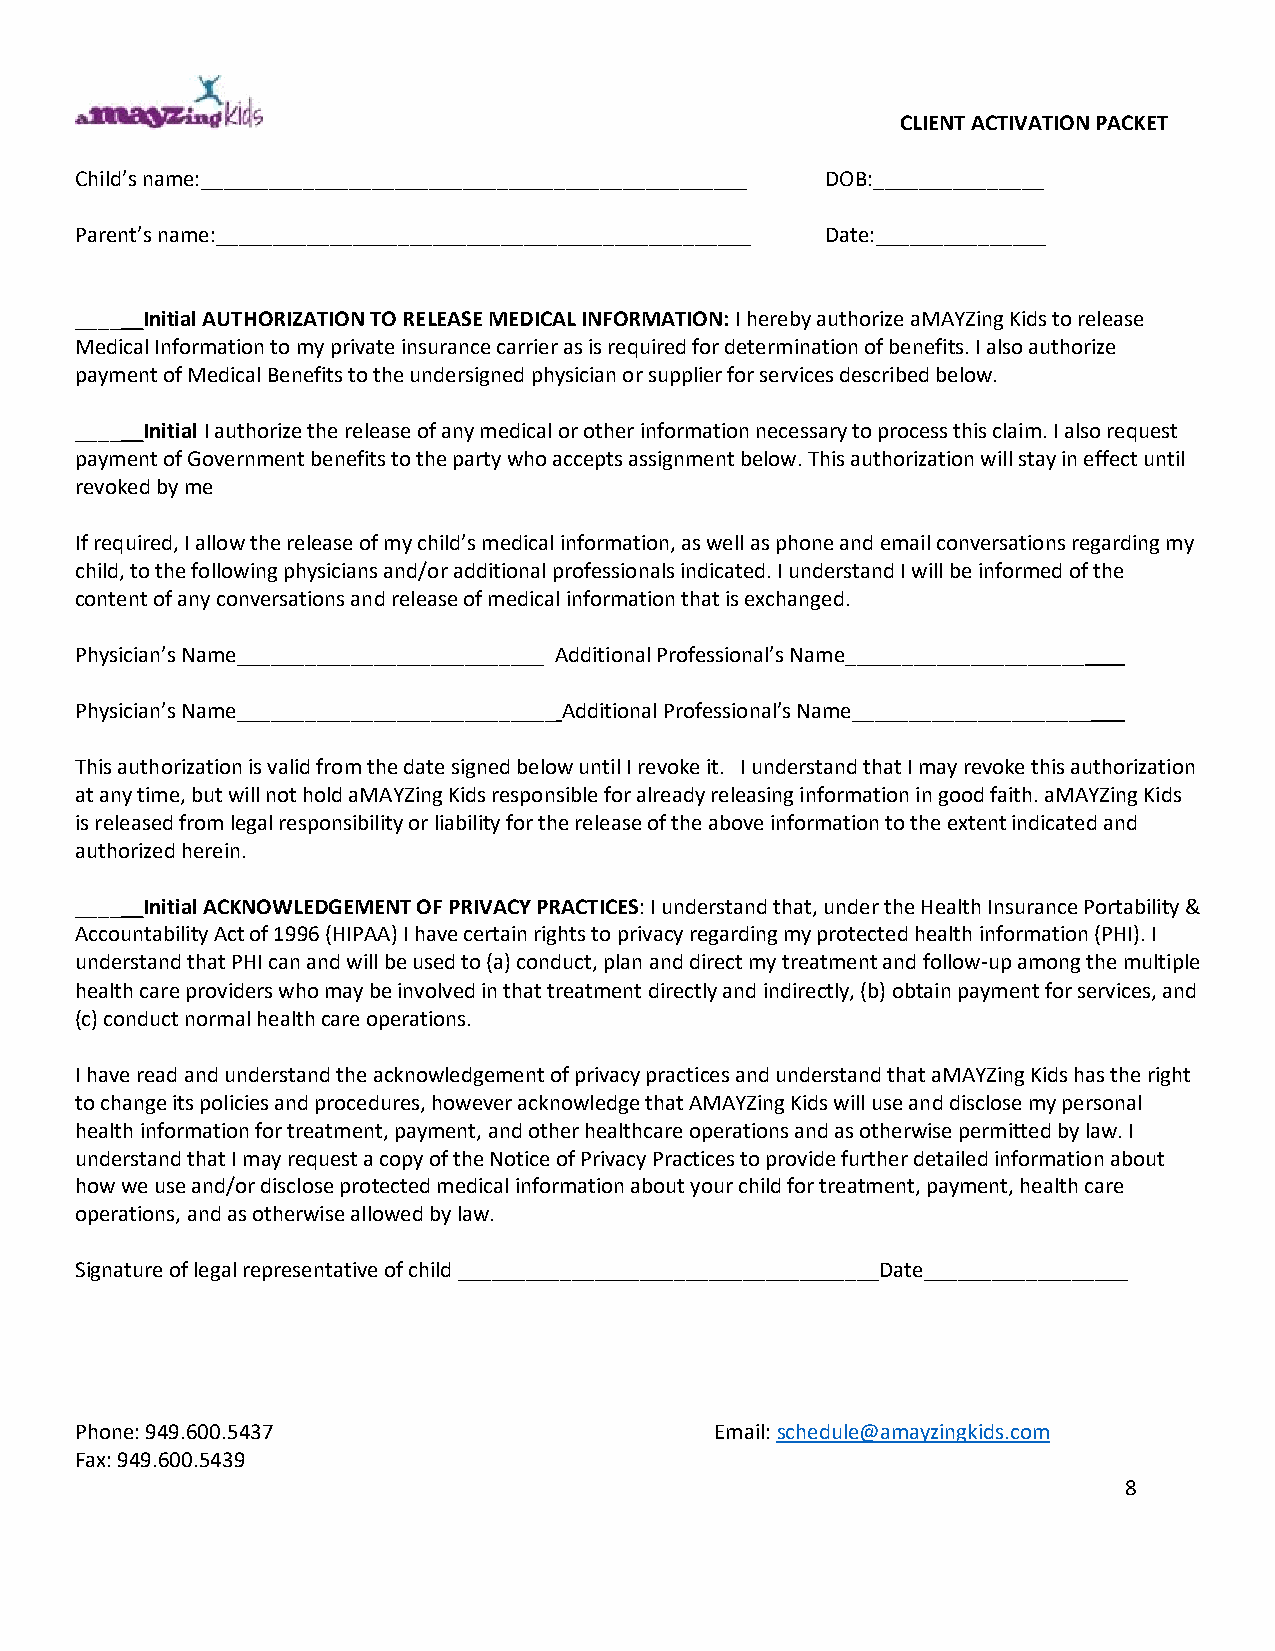
CLIENT ACTIVATION PACKET
 Child’s name:________________________________________________ DOB:_______________
 Parent’s name:_______________________________________________ Date:_______________
 ______Initial AUTHORIZATION TO RELEASE MEDICAL INFORMATION: I hereby authorize aMAYZing Kids to release
 Medical Information to my private insurance carrier as is required for determination of benefits. I also authorize
 payment of Medical Benefits to the undersigned physician or supplier for services described below.
 ______Initial I authorize the release of any medical or other information necessary to process this claim. I also request
 payment of Government benefits to the party who accepts assignment below. This authorization will stay in effect until
 revoked by me
 If required, I allow the release of my child’s medical information, as well as phone and email conversations regarding my
 child, to the following physicians and/or additional professionals indicated. I understand I will be informed of the
 content of any conversations and release of medical information that is exchanged.
 Physician’s Name___________________________ Additional Professional’s Name_____________________
 Physician’s Name____________________________ Additional Professional’s Name_____________________
 This authorization is valid from the date signed below until I revoke it. I understand that I may revoke this authorization
 at any time, but will not hold aMAYZing Kids responsible for already releasing information in good faith. aMAYZing Kids
 is released from legal responsibility or liability for the release of the above information to the extent indicated and
 authorized herein.
 ______Initial ACKNOWLEDGEMENT OF PRIVACY PRACTICES: I understand that, under the Health Insurance Portability &
 Accountability Act of 1996 (HIPAA) I have certain rights to privacy regarding my protected health information (PHI). I
 understand that PHI can and will be used to (a) conduct, plan and direct my treatment and follow-up among the multiple
 health care providers who may be involved in that treatment directly and indirectly, (b) obtain payment for services, and
 (c) conduct normal health care operations.
 I have read and understand the acknowledgement of privacy practices and understand that aMAYZing Kids has the right
 to change its policies and procedures, however acknowledge that AMAYZing Kids will use and disclose my personal
 health information for treatment, payment, and other healthcare operations and as otherwise permitted by law. I
 understand that I may request a copy of the Notice of Privacy Practices to provide further detailed information about
 how we use and/or disclose protected medical information about your child for treatment, payment, health care
 operations, and as otherwise allowed by law.
 Signature of legal representative of child _____________________________________Date__________________
 Phone: 949.600.5437                       Email: schedule@amayzingkids.com
 Fax: 949.600.5439
 8